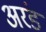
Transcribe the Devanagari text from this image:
अरंड